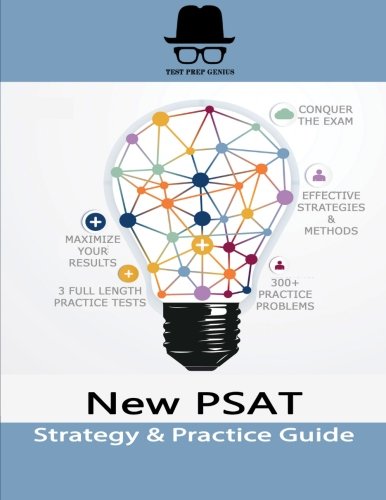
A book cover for New PSAT Strategy & Practice Guide; Test Prep Genius; Test Preparation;